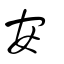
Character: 𡚴